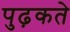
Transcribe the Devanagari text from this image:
पुढ़कते